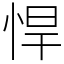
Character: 悍